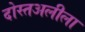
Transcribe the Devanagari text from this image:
दोस्तअलीला